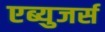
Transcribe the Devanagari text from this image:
एब्युजर्स